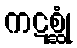
ကဋစ္ဆုံ